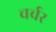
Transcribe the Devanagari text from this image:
चर्चर